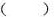
( )